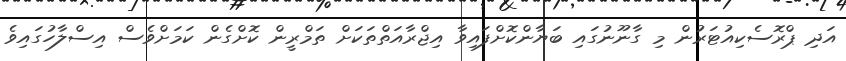
އަދި ޕްރޮސެކިއުޓަރުން މި ގާނޫނުގައި ބަޔާންކޮށްފައިވާ އިޖްރާއަތްތަކަށް ތަމްރީން ކޮށްގެން ކަމަށްވެސް އިސްލާހުގައިވެ